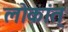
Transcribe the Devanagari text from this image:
लोकांत्‌